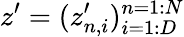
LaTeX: z^{\prime}=(z_{n,i}^{\prime})_{i=1:D}^{n=1:N}